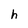
Character: h